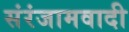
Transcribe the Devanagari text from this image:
संरंजामवादी